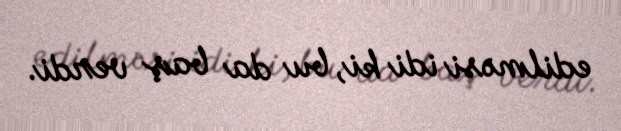
edilməsi idi ki, bu da baş verdi.